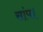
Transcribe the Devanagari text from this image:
सांप।